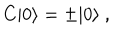
C | 0 \rangle = \pm | 0 \rangle \ ,